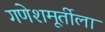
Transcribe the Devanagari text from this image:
गणेशमूर्तीला